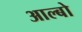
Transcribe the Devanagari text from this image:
आल्बो